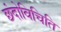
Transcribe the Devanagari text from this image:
छंदोविचिति